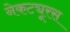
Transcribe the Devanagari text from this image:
नेकट्यूरस